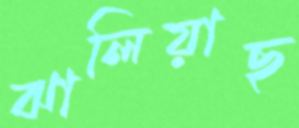
ঝালিয়াছ